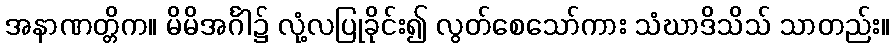
အနာဏတ္တိက။ မိမိအင်္ဂါ၌ လုံ့လပြုခိုင်း၍ လွတ်စေသော်ကား သံဃာဒိသိသ် သာတည်း။